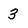
Character: 3